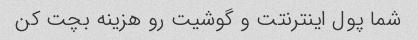
شما پول اینترنتت و گوشیت رو هزینه بچت کن